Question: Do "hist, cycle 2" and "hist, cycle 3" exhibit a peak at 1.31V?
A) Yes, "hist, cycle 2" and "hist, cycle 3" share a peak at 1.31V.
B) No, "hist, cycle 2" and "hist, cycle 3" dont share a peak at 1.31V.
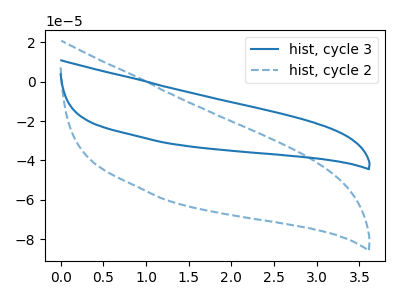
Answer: <think>The blue curve "hist, cycle 3" has no peaks. The blue dashed curve "hist, cycle 2" has no peaks.</think>
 <answer>B) No, "hist, cycle 2" and "hist, cycle 3" dont share a peak at 1.31V.</answer>
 <eval>B</eval>